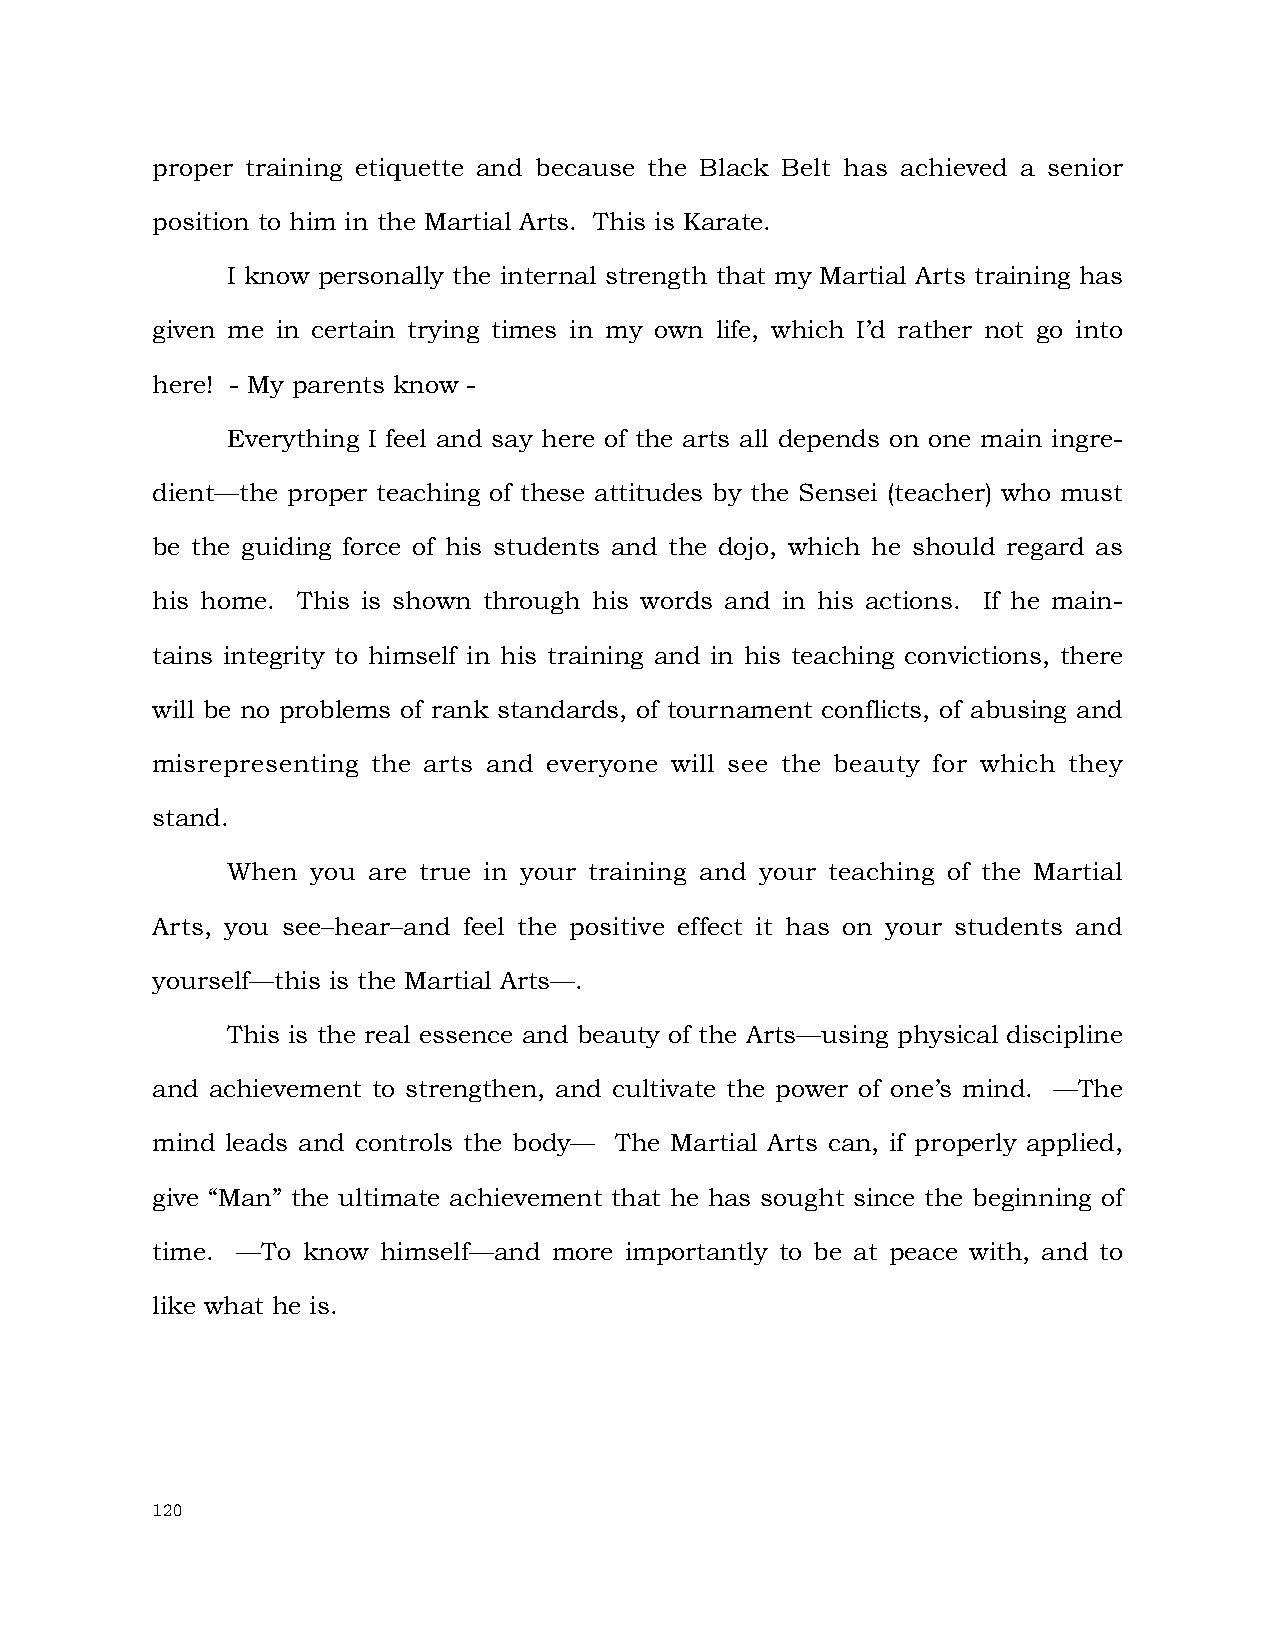
proper training etiquette and because the Black Belt has achieved a senior
 position to him in the Martial Arts. This is Karate.
 I know personally the internal strength that my Martial Arts training has
 given me in certain trying times in my own life, which I’d rather not go into
 here! - My parents know -
 Everything I feel and say here of the arts all depends on one main ingre-
 dient—the proper teaching of these attitudes by the Sensei (teacher) who must
 be the guiding force of his students and the dojo, which he should regard as
 his home. This is shown through his words and in his actions. If he main-
 tains integrity to himself in his training and in his teaching convictions, there
 will be no problems of rank standards, of tournament conflicts, of abusing and
 misrepresenting the arts and everyone will see the beauty for which they
 stand.
 When  you are true in your training and your teaching of the Martial
 Arts, you see–hear–and feel the positive effect it has on your students and
 yourself—this is the Martial Arts—.
 This is the real essence and beauty of the Arts—using physical discipline
 and achievement to strengthen, and cultivate the power of one’s mind. —The
 mind leads and controls the body— The Martial Arts can, if properly applied,
 give “Man” the ultimate achievement that he has sought since the beginning of
 time. —To know himself—and more importantly to be at peace with, and to
 like what he is.
 120